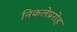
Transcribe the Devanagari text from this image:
निकलेप्ररोह